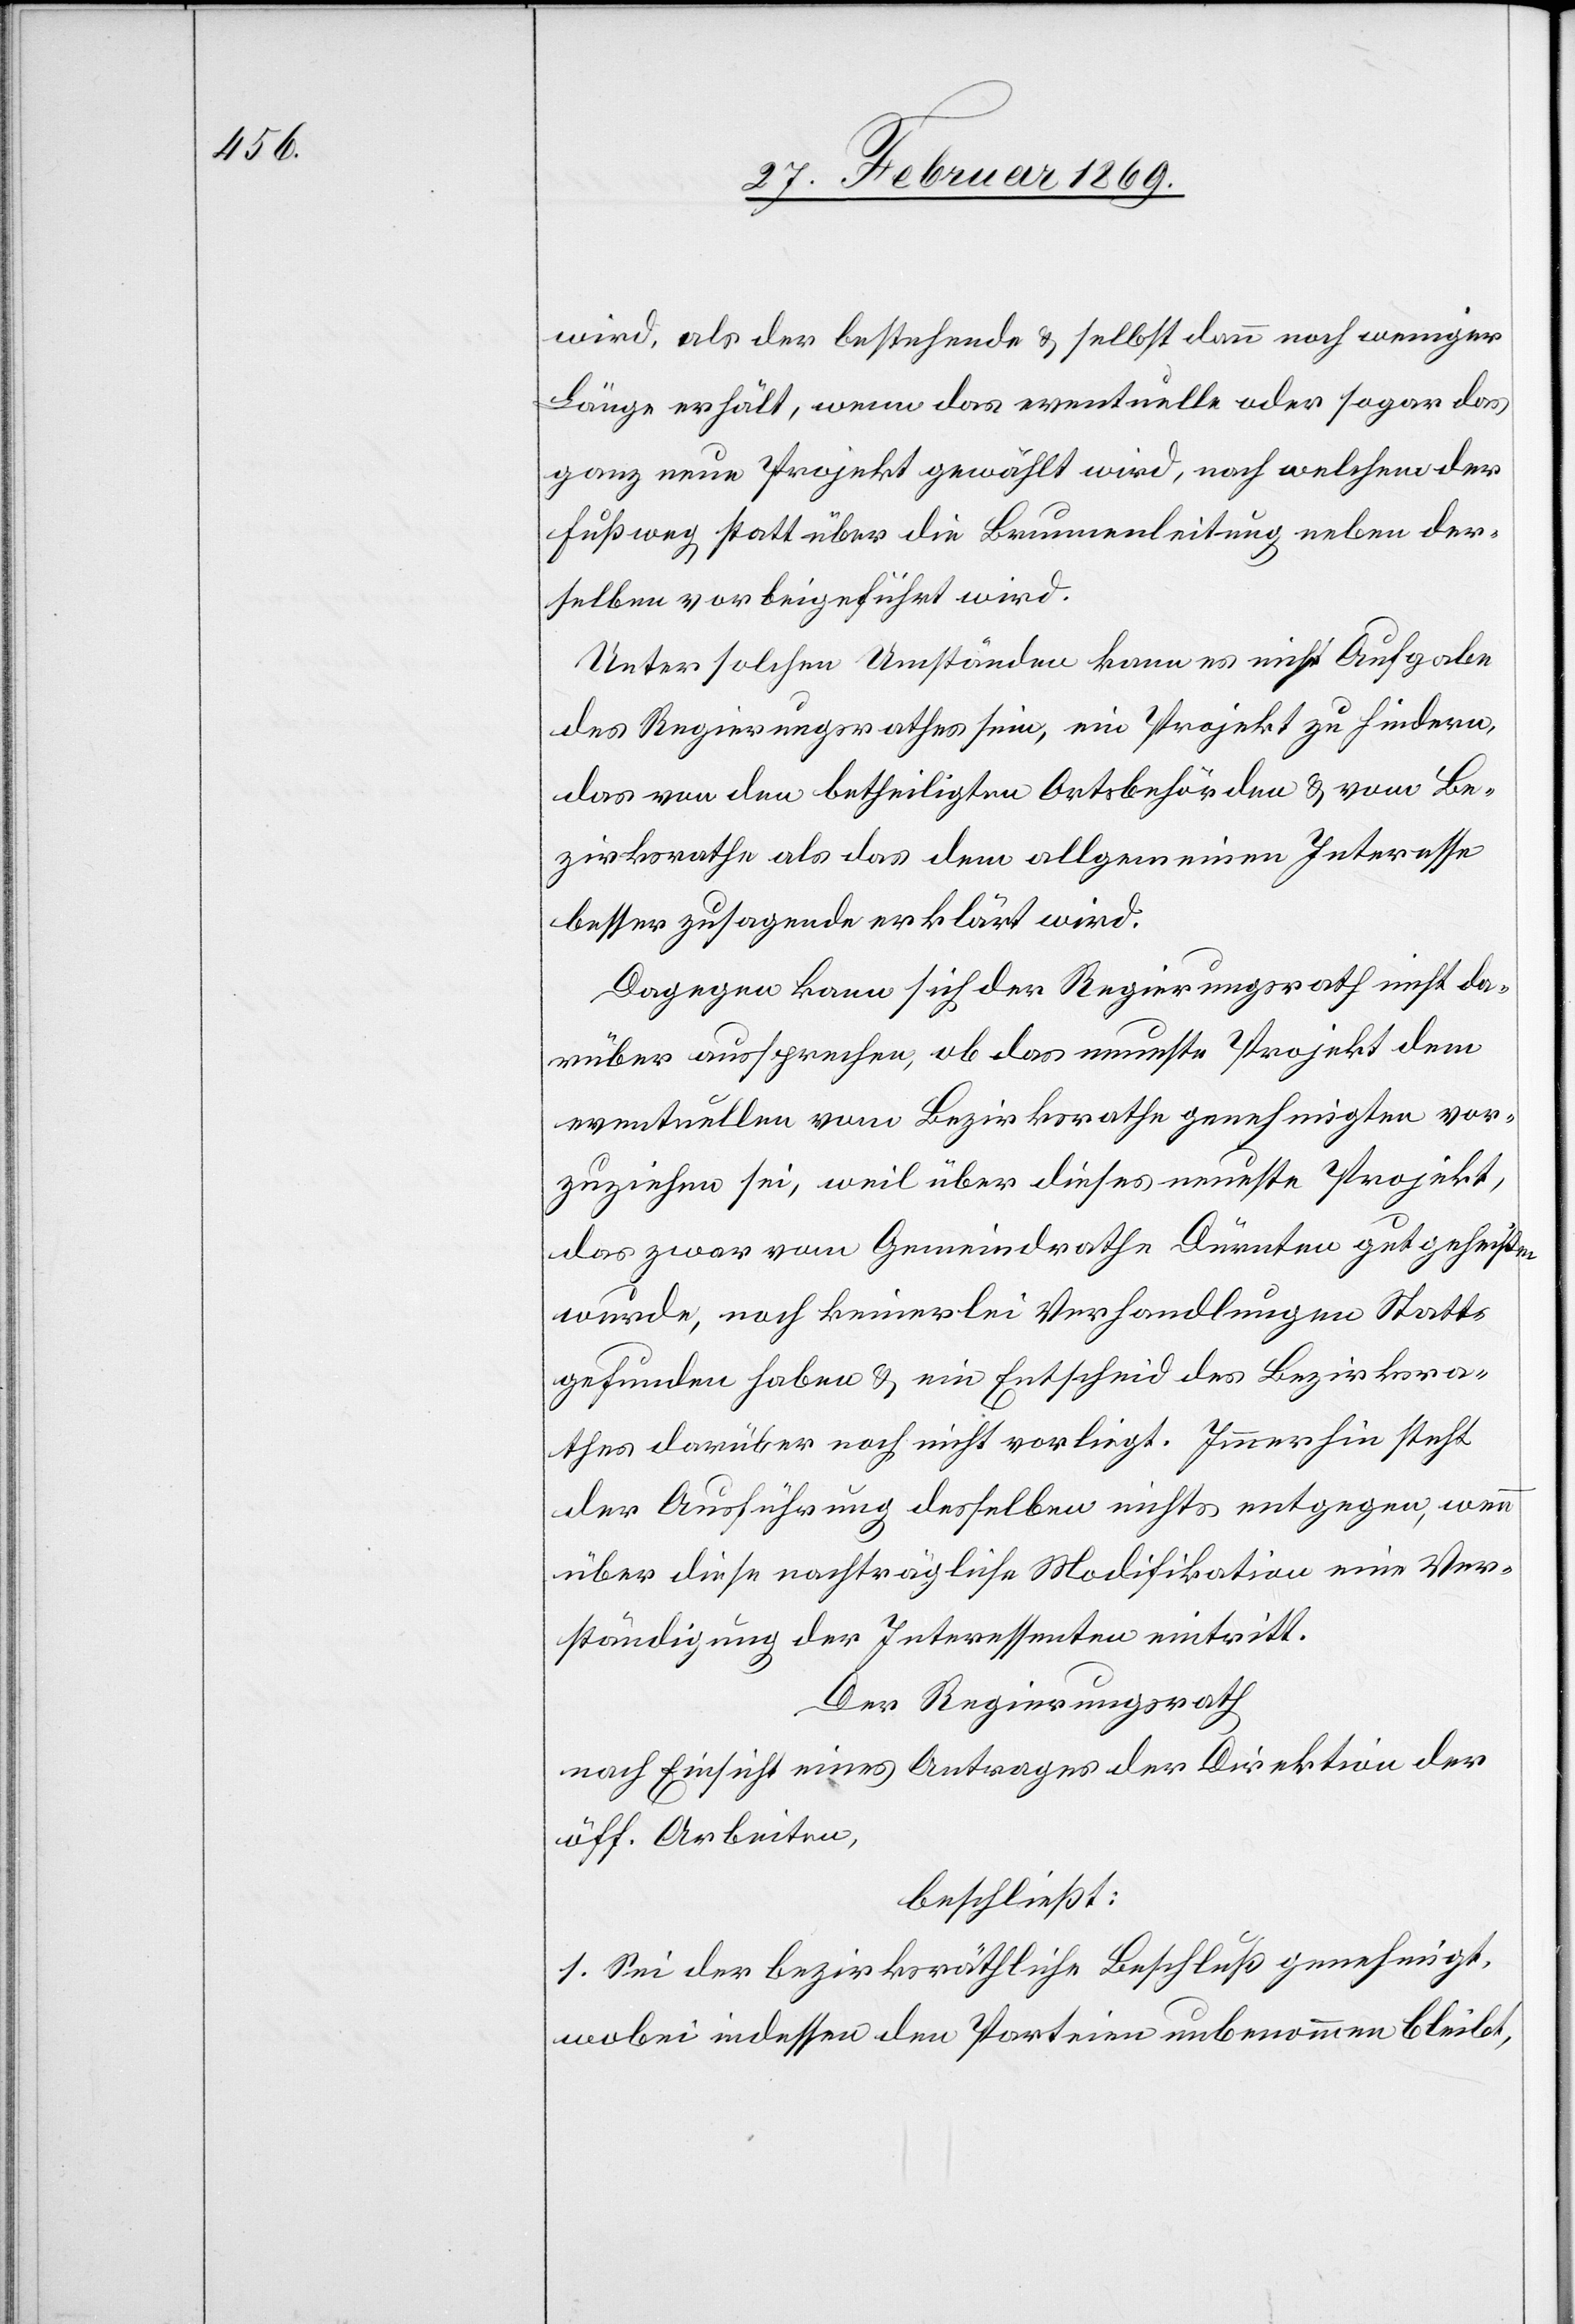
wird, als der bestehende & selbst dann noch weniger
Länge erhält, wenn das eventuelle oder sogar das
ganz neue Projekt gewählt wird, nach welchem der
Fußweg statt über die Brunnenleitung neben der¬
selben vorbeigeführt wird.
Unter solchen Umständen kann es nicht Aufgabe
des Regierungsrathes sein, ein Projekt zu hindern,
das von den betheiligten Ortsbehörden & vom Be¬
zirksrathe als das dem allgemeinen Interesse
besser zusagende erklärt wird.
Dagegen kann sich der Regierungsrath nicht da¬
rüber aussprechen, ob das neueste Projekt dem
eventuellen vom Bezirksrathe genehmigten vor¬
zuziehen sei, weil über dieses neueste Projekt,
das zwar vom Gemeindrathe Dürnten gutgeheißen
wurde, noch keinerlei Verhandlungen Statt¬
gefunden haben & ein Entscheid des Bezirksra¬
thes darüber noch nicht vorliegt. Immerhin steht
der Ausführung desselben nichts entgegen, wenn
über diese nachträgliche Modifikation eine Ver¬
ständigung der Interessenten eintritt.
Der Regierungsrath
nach Einsicht eines Antrages der Direktion der
öff. Arbeiten,
beschließt:
1. Sei der bezirksräthliche Beschluß genehmigt,
wobei indessen den Parteien unbenommen bleibt,